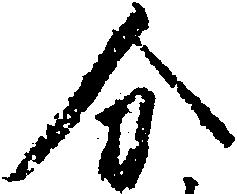
分